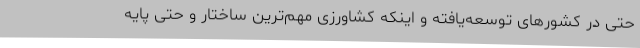
حتی در کشورهای توسعه‌یافته و اینکه کشاورزی مهم‌ترین ساختار و حتی پایه